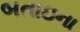
બતાઇના